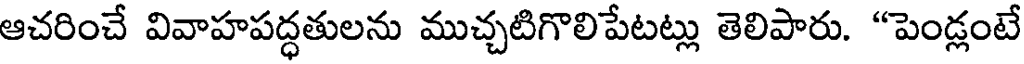
ఆచరించే వివాహపద్ధతులను ముచ్చటిగొలిపేటట్లు తెలిపారు. "పెండ్లంటే